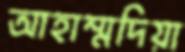
আহাম্মদিয়া